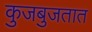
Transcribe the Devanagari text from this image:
कुजबुजतात